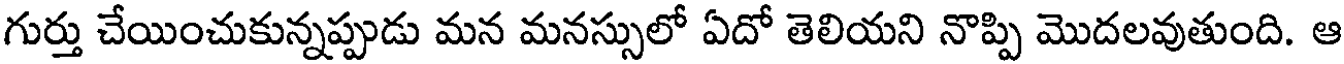
గుర్తు చేయించుకున్నప్పుడు మన మనస్సులో ఏదో తెలియని నొప్పి మొదలవుతుంది. ఆ